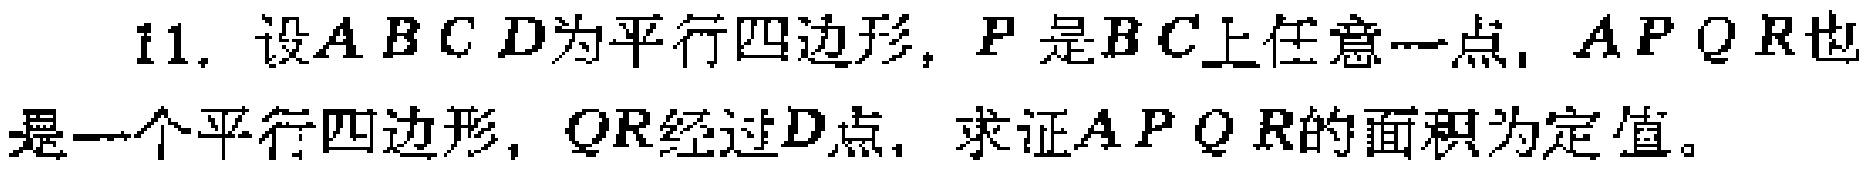
11. 设\(ABCD\)为平行四边形，\(P\)是\(BC\)上任意一点，\(APQR\)也是一个平行四边形，\(QR\)经过\(D\)点，求证\(APQR\)的面积为定值。